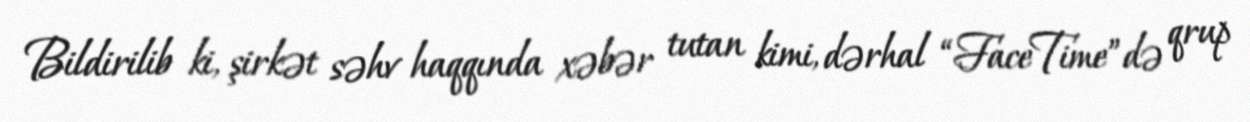
Bildirilib ki, şirkət səhv haqqında xəbər tutan kimi, dərhal “FaceTime”də qrup